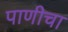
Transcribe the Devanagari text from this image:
पाणीचा